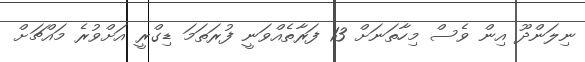
ނިލަންދޫ އިން ވެސް މިހާތަނަށް 13 ފަރާތެއްވަނީ ފުރަތަމަ ޑިގްރީ އަށްވުރެ މައްޗަށް